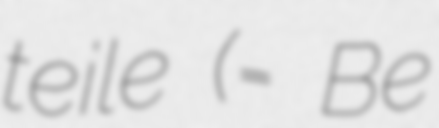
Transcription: teile (= Be